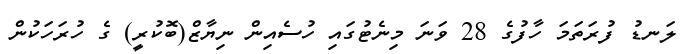
ލަނޑު ފުރަތަމަ ހާފުގެ 28 ވަނަ މިނެޓުގައި ހުސެއިން ނިޔާޒް(ބޮކުރީ) ގެ ހުރަހަކުން